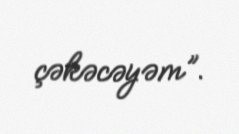
çəkəcəyəm”.